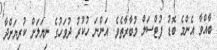
ބާއްވާ އެންމެ ބޮޑު ފުޓްސަލް މުބާރާތެވެ. އަންނަ ހުކުރު ދުވަހުގެ ނިޔަލަށް ކުރިޔަށްދާ